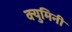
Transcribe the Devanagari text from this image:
क्युमिनी